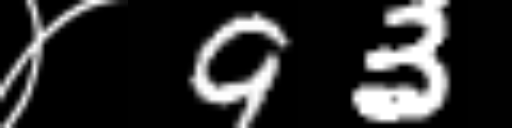
Text: ४93